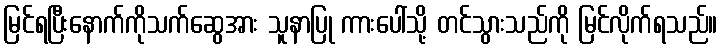
မြင်ရပြီးနောက်ကိုသက်ဆွေအား သူနာပြု ကားပေါ်သို့ တင်သွားသည်ကို မြင်လိုက်ရသည်။